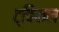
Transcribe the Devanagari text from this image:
ट्विकल